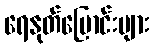
ရေနုတ်မြောင်းများ